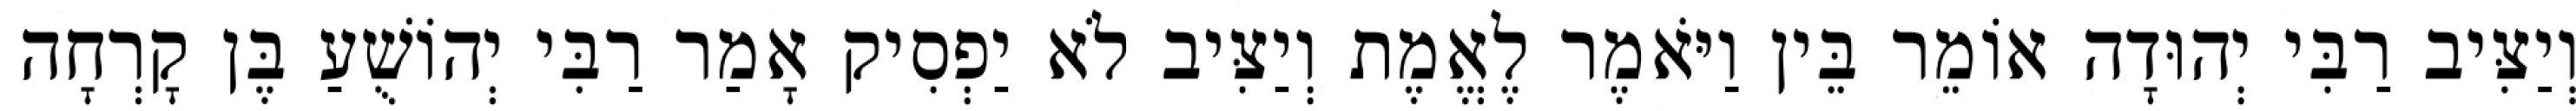
וְיַצִּיב רַבִּי יְהוּדָה אוֹמֵר בֵּין וַיֹּאמֶר לֶאֱמֶת וְיַצִּיב לֹא יַפְסִיק אָמַר רַבִּי יְהוֹשֻׁעַ בֶּן קָרְחָה